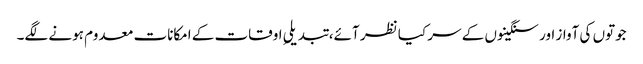
جوتوں کی آواز اور سنگینوں کے سر کیا نظر آئے، تبدیلیِ اوقات کے امکانات معدوم ہونے لگے۔